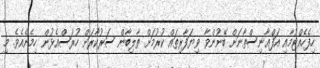
ހިފެހެއްޓުމާއި އަފްޣާނިސްތާނަށް ބޭނުންވާ ވިޔަފާރިތައް ކުރުމަށް ތާލިބާން ސަރުކާރަށް ހުރަސްއެޅުން ހިމެނެއެވެ. މި